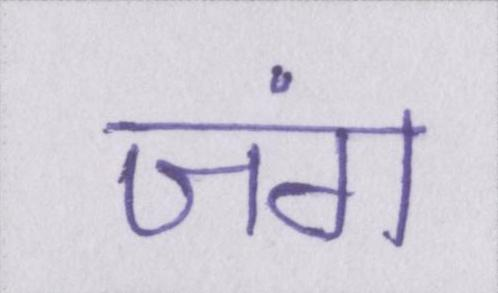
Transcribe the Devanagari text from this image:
जंग